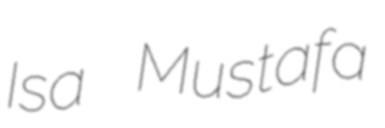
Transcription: Isa Mustafa